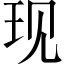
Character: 现